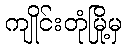
ကျိုင်းတုံမြို့မှ